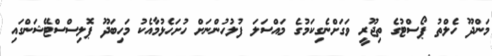
މަންދޫ ހެލްތު ޕޯސްޓުގެ ތިޖޫރީ ވަގަށްނެގިކަމުގެ މައްސަލަ ފުލުހުންނަށް ހުށަހެޅުމާއެކު މަހިބަދޫ ޕޮލިސްސްޓޭޝަންގައި